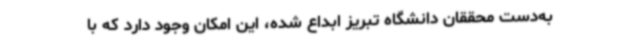
به‌دست محققان دانشگاه تبریز ابداع شده، این امکان وجود دارد که با